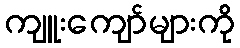
ကျူးကျော်များကို